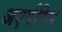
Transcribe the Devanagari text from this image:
अएर्गरिस